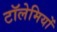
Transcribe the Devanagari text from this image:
टॉलेमियों